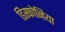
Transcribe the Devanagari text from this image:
डिस्फोनिया